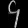
Digit: ၄